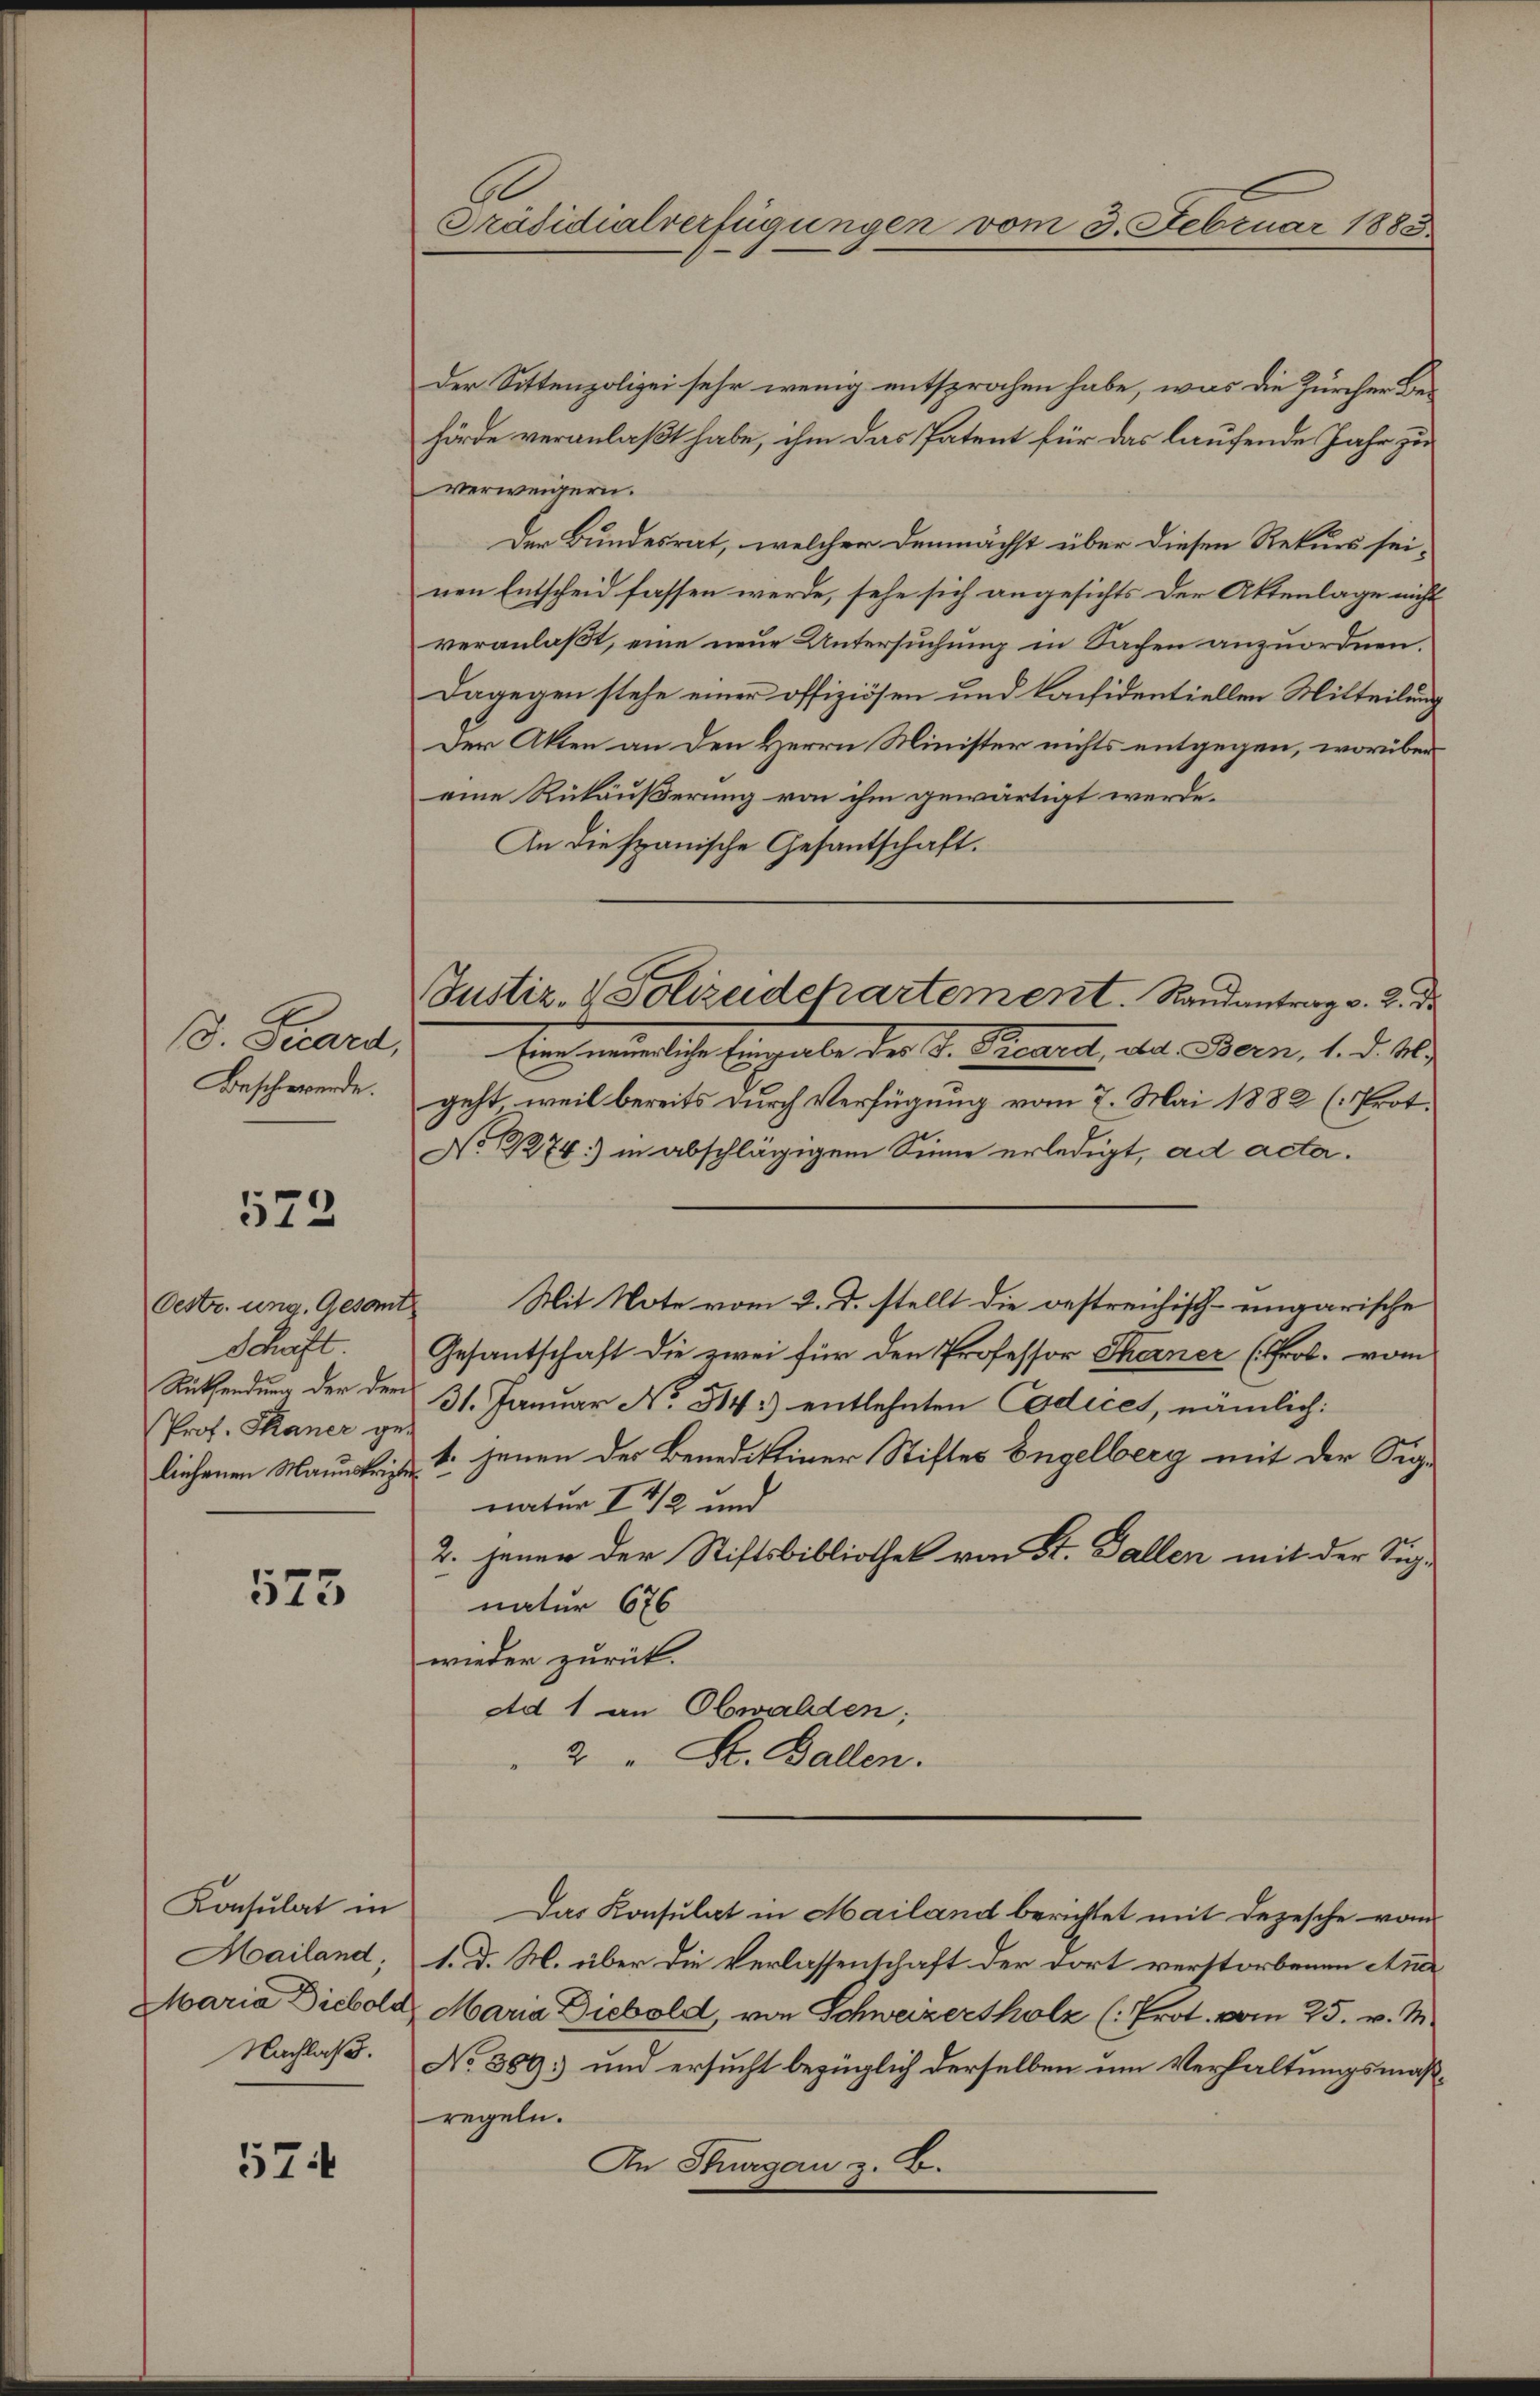
572

Der Sittenpolizei sehr wenig entsprochen habe, was die Zürcher Be-
hörde veranlaßt habe, ihm das Patent für das laufende Jahr zu
verweigern.
Der Bundesrat, welcher demnächst über diesen Rekurs sei-
nen Entscheid fassen werde, sehe sich angesichts der Aktenlage nicht
veranlaßt, eine neue Untersuchung in Sachen anzuordnen.
Dagegen stehe einer offiziösen und konsidentiellen Mitteilung
Der Akten an den Herrn Minister nichts entgegen, worüber
eine Rükäußerung von ihm gewärtigt werde.
An die spanische Gesantschaft.
. Schard Ein nemliche Eingabe der S. Trennt, das Bern, 1. d. 10
Beschwerde. geht, weil bereits durch Verfügung vom 7. Mai 1882 (Prot.
No 1274) in abschlägigem Sinne erledigt, ad acta.
Oestr. ung. Gesamt
Schaft.
Gesantschaft die zwei für den Professor Thaner (Frob. vom
Rücksendung der den 31. Januar No. 514.) entlehnten Codices, nämlich:
Prof. Skaner ge-
liehenen Manuskriz 1. jenen der Benediktiner Stiftes Engelberg mit der Signatur I 42 und
2. jener der Stiftsbibliothek von St. Gallen mit der Sich-
575
natur 676
wieder zurück.
Ad 1 an Obwalden;
2 " Dr. Ballen.
Konsulat in Das Konsulat in Mailand berichtet mit depesche vom
Mailand, 1. d. M. über die Verlassenschaft der dort verstorbenen Aner
Maria Diebold Maria Diebold, von Schweizersholz (: Prot. vom 25. v. M.
Nachlaß. No 309. und ersucht bezüglich derselben um Verhaltungsmaßregeln.
An Thurgau z. B.
57

Präsidialverfügungen vom 3. Februar 1883

Justiz- & Polizeidekartement. Randantrag v. 2. de

Mit Note vom 2. d. stellt die bestreichisch-ungarische